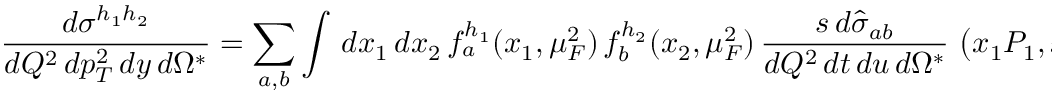
\frac { d \sigma ^ { h _ { 1 } h _ { 2 } } } { d Q ^ { 2 } \, d p _ { T } ^ { 2 } \, d y \, d \Omega ^ { \ast } } = \sum _ { a , b } \int \, d x _ { 1 } \, d x _ { 2 } \, f _ { a } ^ { h _ { 1 } } ( x _ { 1 } , \mu _ { F } ^ { 2 } ) \, f _ { b } ^ { h _ { 2 } } ( x _ { 2 } , \mu _ { F } ^ { 2 } ) \, \frac { { s } \, d { \hat { \sigma } } _ { a b } } { d Q ^ { 2 } \, d { t } \, d { u } \, d \Omega ^ { \ast } } \, \left( x _ { 1 } P _ { 1 } , x _ { 2 } P _ { 2 } , \alpha _ { s } ( \mu _ { R } ^ { 2 } ) \right) ,